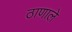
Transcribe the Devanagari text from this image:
ठाणाले